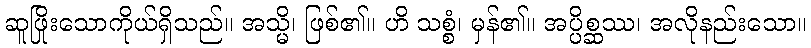
ဆူဖြိုးသောကိုယ်ရှိသည်။ အသ္မိ၊ ဖြစ်၏။ ဟိ သစ္စံ၊ မှန်၏။ အပ္ပိစ္ဆဿ၊ အလိုနည်းသော။